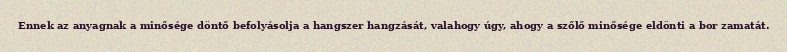
Ennek az anyagnak a minősége döntő befolyásolja a hangszer hangzását, valahogy úgy, ahogy a szőlő minősége eldönti a bor zamatát.